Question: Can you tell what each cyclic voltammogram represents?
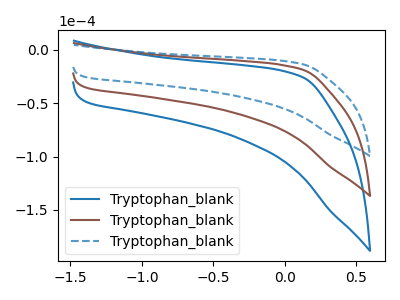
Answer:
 <answer>The blue curve is labeled "Tryptophan_blank1". The brown curve is labeled "Tryptophan_blank2". The blue dashed curve is labeled "Tryptophan_blank3".</answer>
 <eval></eval>